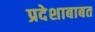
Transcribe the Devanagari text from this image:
प्रदेशाबाबत